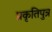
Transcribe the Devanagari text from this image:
प्रकृतिपुत्र